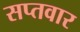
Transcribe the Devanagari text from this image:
सप्तवार